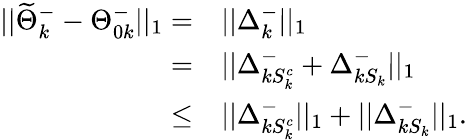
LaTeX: \begin{array}{rl}{||\widetilde{\Theta}_{k}^{-}-\Theta_{0k}^{-}||_{1}=}&{||\Delta_{k}^{-}||_{1}}\\ {=}&{||\Delta_{kS_{k}^{c}}^{-}+\Delta_{kS_{k}}^{-}||_{1}}\\ {\leq}&{||\Delta_{kS_{k}^{c}}^{-}||_{1}+||\Delta_{kS_{k}}^{-}||_{1}.}\end{array}